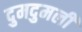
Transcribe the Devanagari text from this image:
दुमदुमली